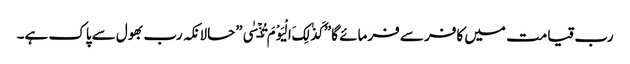
رب قیامت میں کافر سے فرمائے گا”کَذٰلِکَ الْیَوْمَ تُنۡسٰی”حالانکہ رب بھول سےپاک ہے۔